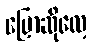
ပြောဆိုလေ့